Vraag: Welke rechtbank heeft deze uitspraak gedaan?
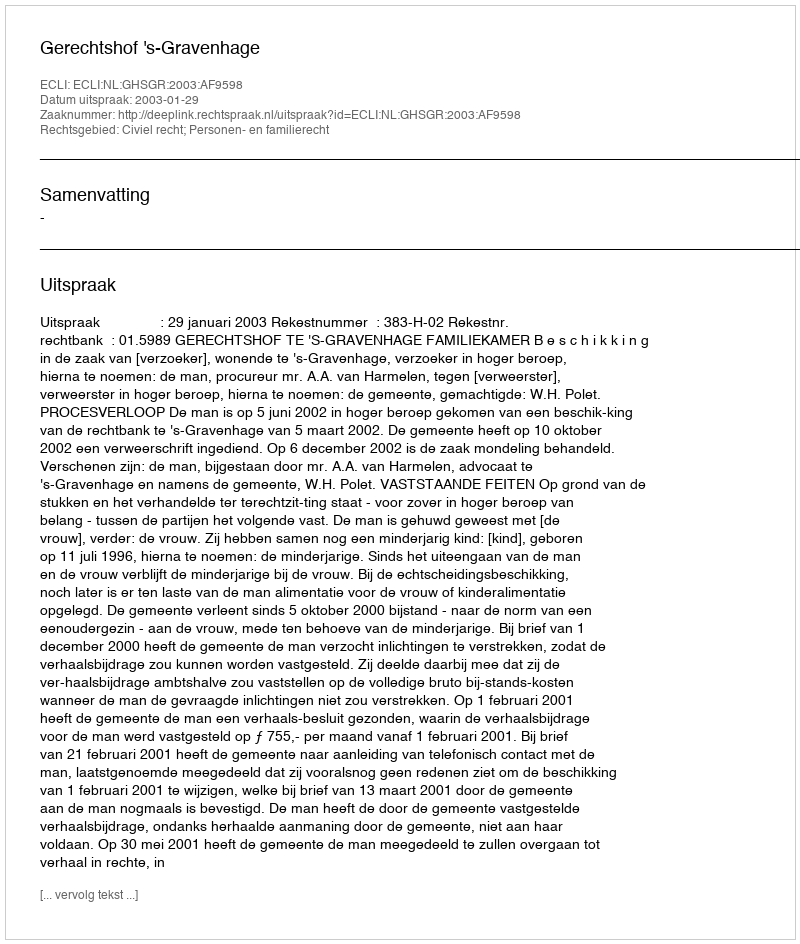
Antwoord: Gerechtshof 's-Gravenhage